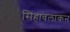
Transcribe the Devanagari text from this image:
सिंहावलाकन